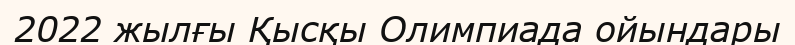
2022 жылғы Қысқы Олимпиада ойындары